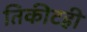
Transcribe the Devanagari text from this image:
तिकीटही